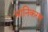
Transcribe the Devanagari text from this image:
मानिकरण